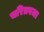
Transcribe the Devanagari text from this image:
चरित्रवजा